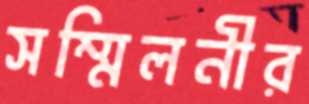
সম্মিলনীর